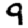
Digit: 9